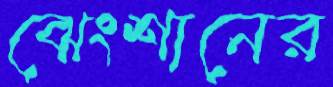
ঝেংশানের